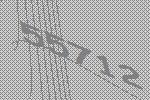
55712